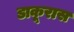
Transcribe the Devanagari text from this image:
डाकूरास